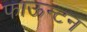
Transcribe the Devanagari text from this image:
फाऊन्टन